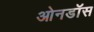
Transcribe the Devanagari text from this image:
ओनडॉस